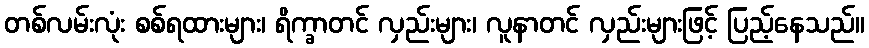
တစ်လမ်းလုံး စစ်ရထားများ၊ ရိက္ခာတင် လှည်းများ၊ လူနာတင် လှည်းများဖြင့် ပြည့်နေသည်။